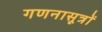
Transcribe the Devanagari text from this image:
गणनासूत्रों